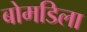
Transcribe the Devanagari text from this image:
बोमडिला